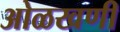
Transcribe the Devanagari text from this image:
ओळखणी